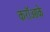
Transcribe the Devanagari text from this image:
करॉओके